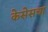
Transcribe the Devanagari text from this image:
केसेसचा